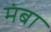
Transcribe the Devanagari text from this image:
मंबा